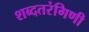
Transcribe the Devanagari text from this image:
शब्दतरंगिणी